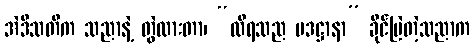
အဲဒီသတိက သညာနဲ့ တွဲထားတာ၊ “ထိရသည ပဒဋ္ဌာနာ” ခိုင်မြဲတဲ့သညာက